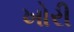
ખોરી